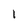
Character: 1